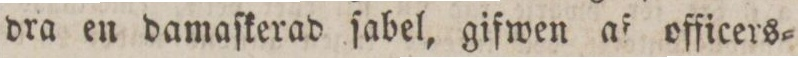
dra en damaſkerad ſabel, gifwen af officers=